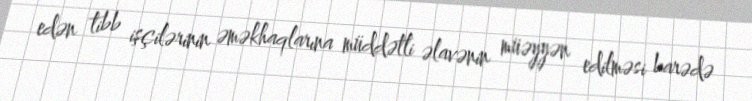
edən tibb işçilərinin əməkhaqlarına müddətli əlavənin müəyyən edilməsi barədə